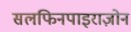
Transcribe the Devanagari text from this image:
सलफिनपाइराज़ोन